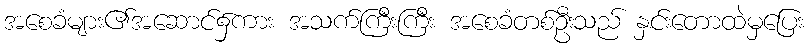
အစေခံများ၏အဆောင်၌ကား အသက်ကြီးကြီး အစေခံတစ်ဦးသည် နှင်းတောထဲမှပြေး